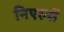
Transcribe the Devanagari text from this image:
निएल्सें